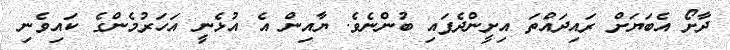
ދާށޯ އެބަޔަށް ރައިދައްތަ އިށީންދެފައި ބުންނެވެ. ޔާއިން އެ އުޅެނީ އަހަރުމެންގެ ކައިވެނި